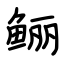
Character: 鲡